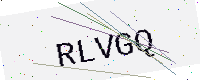
Text: RLVGQ